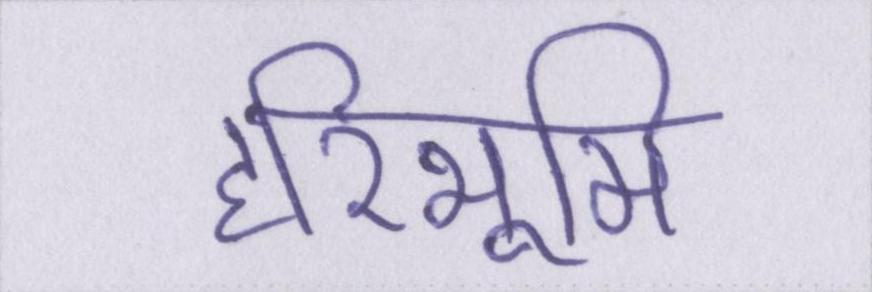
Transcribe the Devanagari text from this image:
हरिभूमि